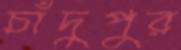
চাঁদুপুর